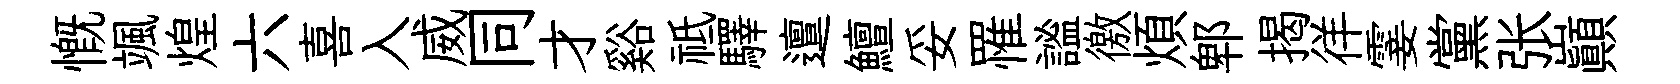
慨颯煌六喜入威同才谿祗驛邅鱣妥罹謐徼煩郫揭徉霎黨张巔